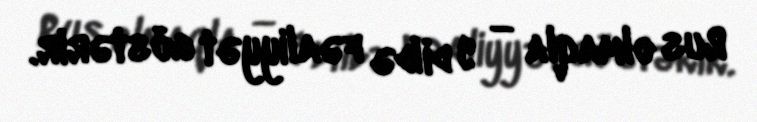
Rus olmaqla — 9 dildə fəaliyyət göstərir.